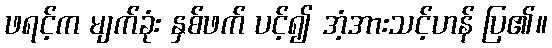
ဖရင့်က မျက်ခုံး နှစ်ဖက် ပင့်၍ အံ့အားသင့်ဟန် ပြ၏။